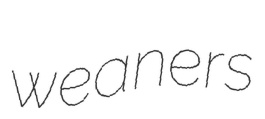
weaners